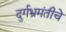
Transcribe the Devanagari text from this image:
दुर्गभ्रमंतीचे